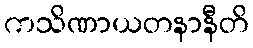
ကသိဏာယတနာနီတိ